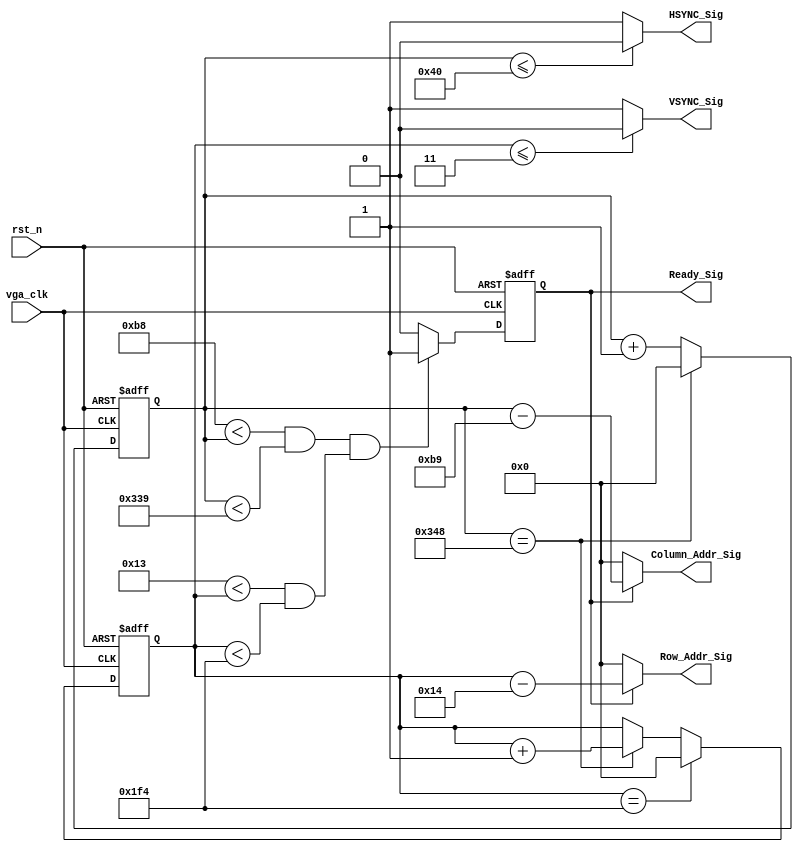

//vga_clk 31.5MHz

module vga_sync_module_640_480_75(
    vga_clk,
    rst_n,
    VSYNC_Sig,
    HSYNC_Sig,
    Ready_Sig,
    Column_Addr_Sig,
    Row_Addr_Sig
    );
    
    input vga_clk;
    input rst_n;
    
    output VSYNC_Sig;
    output HSYNC_Sig;
    output Ready_Sig;
    
    output [10:0]Column_Addr_Sig;
    output [10:0]Row_Addr_Sig;
    
    parameter X1 = 11'd64;
    parameter X2 = 11'd120;
    parameter X3 = 11'd640;
    parameter X4 = 11'd16;
    
    parameter Y1 = 11'd3;
    parameter Y2 = 11'd16;
    parameter Y3 = 11'd480;
    parameter Y4 = 11'd1;
    
    parameter H_POINT = (X1 + X2 + X3 + X4);
    parameter V_POINT = (Y1 + Y2 + Y3 + Y4);
    
    
    //
    reg [10:0]Count_H;
    
    always @(posedge vga_clk or negedge rst_n) begin
        if (!rst_n)
            Count_H <= 11'd0;
        else if(Count_H == H_POINT)
            Count_H <= 11'd0;
        else
            Count_H <= Count_H + 1'b1;
    end
    
    // 
    reg [10:0]Count_V;
    
    always @(posedge vga_clk or negedge rst_n) begin
        if (!rst_n)
            Count_V <= 11'd0;
        else if (Count_V == V_POINT)
            Count_V <= 11'd0;
        else if (Count_H == H_POINT)
            Count_V <= Count_V + 1'b1;
    end
    
    // 
    parameter X_L = (X1 + X2);
    parameter X_H = (X1 + X2 + X3 + 1);
    
    parameter Y_L = (Y1 + Y2);
    parameter Y_H = (Y1 + Y2 + Y3 + 1);
    
    reg isReady;
    
    always @(posedge vga_clk or negedge rst_n) begin
        if (!rst_n)
            isReady <= 1'b0;
        else if ((X_L < Count_H && Count_H < X_H) && (Y_L < Count_V && Count_V < Y_H))
            isReady <= 1'b1;
        else
            isReady <= 1'b0;
    end
    
    assign HSYNC_Sig = (Count_H <= X1) ? 1'b0 : 1'b1;
    assign VSYNC_Sig = (Count_V <= Y1) ? 1'b0 : 1'b1;
    assign Ready_Sig = isReady;
    
    // xy 0
    assign Column_Addr_Sig = isReady ? Count_H - (X_L + 11'd1) : 11'd0;
    assign Row_Addr_Sig = isReady ? Count_V - (Y_L + 11'd1) : 11'd0;
    
endmodule